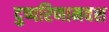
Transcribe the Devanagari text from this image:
दुष्परिणामवश